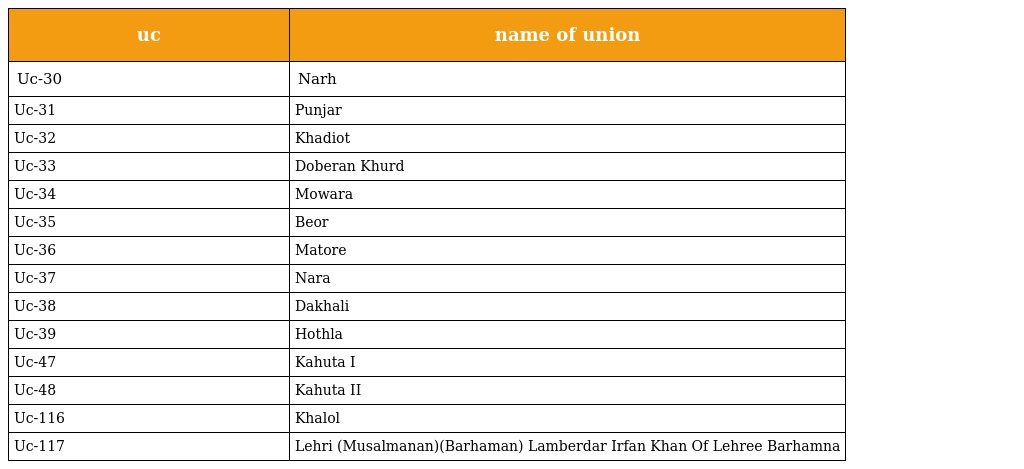
| uc | name of union |
 | --- | --- |
 | Uc-30 | Narh |
 | Uc-31 | Punjar |
 | Uc-32 | Khadiot |
 | Uc-33 | Doberan Khurd |
 | Uc-34 | Mowara |
 | Uc-35 | Beor |
 | Uc-36 | Matore |
 | Uc-37 | Nara |
 | Uc-38 | Dakhali |
 | Uc-39 | Hothla |
 | Uc-47 | Kahuta I |
 | Uc-48 | Kahuta II |
 | Uc-116 | Khalol |
 | Uc-117 | Lehri (Musalmanan)(Barhaman) Lamberdar Irfan Khan Of Lehree Barhamna |